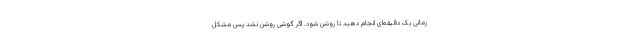
زمانی یک دقیقه‌ای انجام دهید تا روشن شود. اگر گوشی روشن نشد پس مشکل